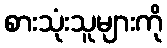
စားသုံးသူများကို